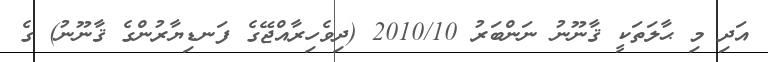
އަދި މި ޙާލަތަކީ ޤާނޫނު ނަންބަރު 2010/10 (ދިވެހިރާއްޖޭގެ ފަނޑިޔާރުންގެ ޤާނޫނު) ގެ